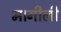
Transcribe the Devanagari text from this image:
मागीली